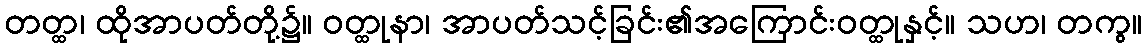
တတ္ထ၊ ထိုအာပတ်တို့၌။ ဝတ္ထုနာ၊ အာပတ်သင့်ခြင်း၏အကြောင်းဝတ္ထုနှင့်။ သဟ၊ တကွ။